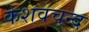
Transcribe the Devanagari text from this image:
केशवचन्द